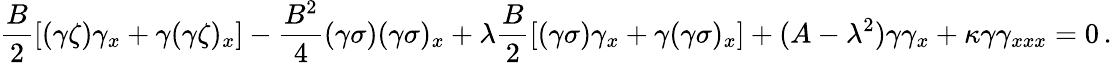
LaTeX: \frac{B}2[(\gamma\zeta)\gamma_{x}+\gamma(\gamma\zeta)_{x}]-\frac{B^{2}}{4}(\gamma\sigma)(\gamma\sigma)_{x}+\lambda\frac{B}{2}[(\gamma\sigma)\gamma_{x}+\gamma(\gamma\sigma)_{x}]+(A-\lambda^{2})\gamma\gamma_{x}+\kappa\gamma\gamma_{xxx}=0\, .